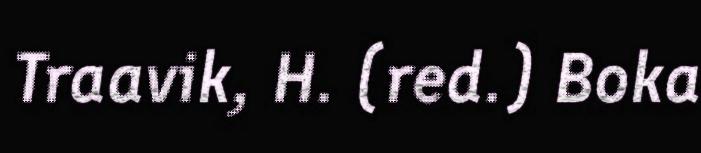
Traavik, H. (red.) Boka